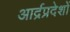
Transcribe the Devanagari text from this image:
आर्द्रप्रदेशों